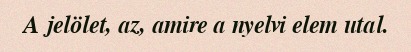
A jelölet, az, amire a nyelvi elem utal.